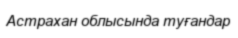
Астрахан облысында туғандар